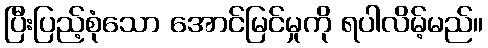
ပြီးပြည့်စုံသော အောင်မြင်မှုကို ရပါလိမ့်မည်။